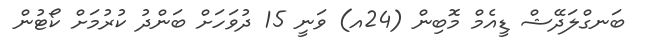
ބަނގްލަދޭޝް ޑީއެމް މޮބިން (24އ) ވަނީ 15 ދުވަހަށް ބަންދު ކުރުމަށް ކޯޓުން